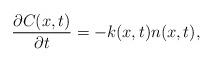
LaTeX: \begin{align*}\dfrac{\partial C(x,t)}{\partial t}=-k(x,t) n(x,t),\end{align*}